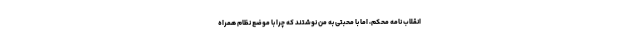
انقلاب نامه محکم، اما با محبتی به من نوشتند که چرا با موضع نظام همراه